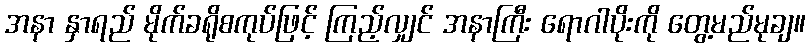
အနာ နှာရည် မိုက်ခရိုစကုပ်ဖြင့် ကြည့်လျှင် အနာကြီး ရောဂါပိုးကို တွေ့မည်မုချ။